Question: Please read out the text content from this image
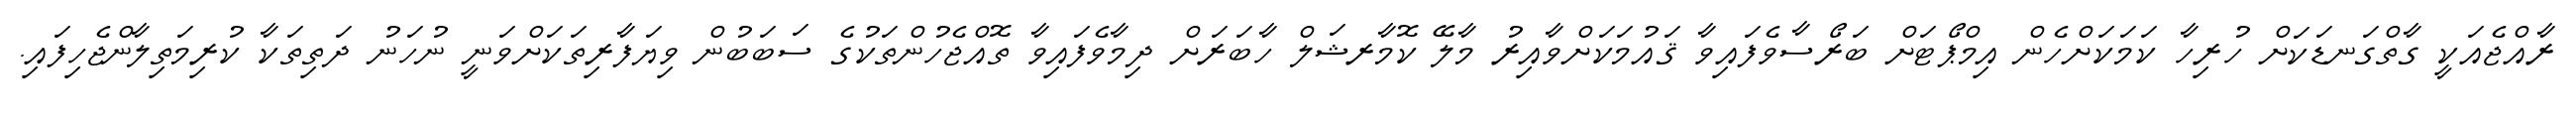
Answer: ރާއްޖެއަކީ ގާތްގަނޑަކަށް ހުރިހާ ކަމަކަށްހެން އިމްޕޯޓަށް ބަރޯސާވެފައިވާ ޤައުމަކަށްވާއިރު މާލޭ ކޮމާރޝަލް ހާބަރަށް ދިމާވެފައިވާ ތޮއްޖެހުންތަކުގެ ސަބަބުން ވިޔަފާރިތަކަށްވަނީ ނުހަނު ދަތިތަކާ ކުރިމަތިލާންޖެހިފައި.